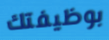
بوظيفتك